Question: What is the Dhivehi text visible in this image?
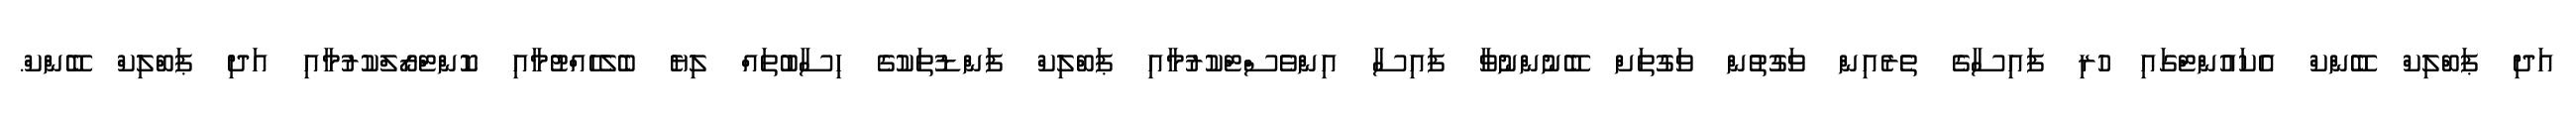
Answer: އަދި ޕަބްލިކް ބޭންކް އެކައުންޓްގައި ހުރި ފައިސާގެ ތެރެއިން ވަގުތުން ވަގުތަށް ބޭނުންނުވާ ފައިސާ އިންވެސްޓްކުރުމާއި ޕަބްލިކް ފަންޑުތަކުގެ ހިސާބުތައް ލިޔެ ބެލެހެއްޓުމާއި ކޮންޓްރޯލްކުރުމާއި އަދި ޕަބްލިކް ބޭންކް.